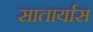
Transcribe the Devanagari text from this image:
सातार्यास